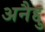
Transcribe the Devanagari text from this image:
अनैद्दु